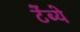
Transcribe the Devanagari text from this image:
टेंब्ये